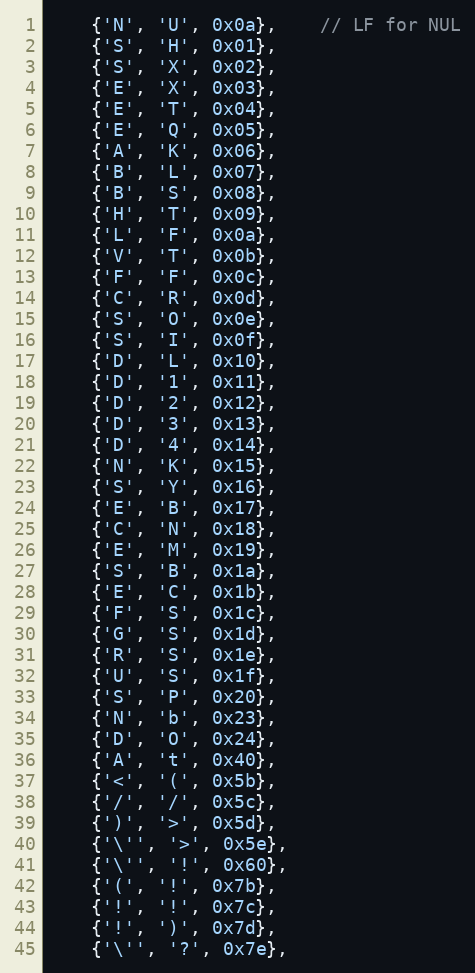
Language: C
	{'N', 'U', 0x0a},	// LF for NUL
	{'S', 'H', 0x01},
	{'S', 'X', 0x02},
	{'E', 'X', 0x03},
	{'E', 'T', 0x04},
	{'E', 'Q', 0x05},
	{'A', 'K', 0x06},
	{'B', 'L', 0x07},
	{'B', 'S', 0x08},
	{'H', 'T', 0x09},
	{'L', 'F', 0x0a},
	{'V', 'T', 0x0b},
	{'F', 'F', 0x0c},
	{'C', 'R', 0x0d},
	{'S', 'O', 0x0e},
	{'S', 'I', 0x0f},
	{'D', 'L', 0x10},
	{'D', '1', 0x11},
	{'D', '2', 0x12},
	{'D', '3', 0x13},
	{'D', '4', 0x14},
	{'N', 'K', 0x15},
	{'S', 'Y', 0x16},
	{'E', 'B', 0x17},
	{'C', 'N', 0x18},
	{'E', 'M', 0x19},
	{'S', 'B', 0x1a},
	{'E', 'C', 0x1b},
	{'F', 'S', 0x1c},
	{'G', 'S', 0x1d},
	{'R', 'S', 0x1e},
	{'U', 'S', 0x1f},
	{'S', 'P', 0x20},
	{'N', 'b', 0x23},
	{'D', 'O', 0x24},
	{'A', 't', 0x40},
	{'<', '(', 0x5b},
	{'/', '/', 0x5c},
	{')', '>', 0x5d},
	{'\'', '>', 0x5e},
	{'\'', '!', 0x60},
	{'(', '!', 0x7b},
	{'!', '!', 0x7c},
	{'!', ')', 0x7d},
	{'\'', '?', 0x7e},